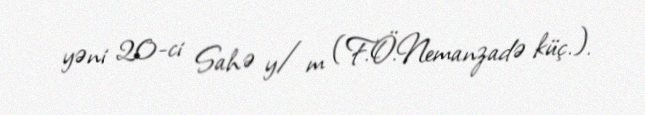
yəni 20-ci Sahə y/m (F.Ö.Nemanzadə küç.).